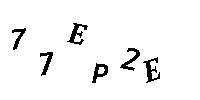
77EP2E